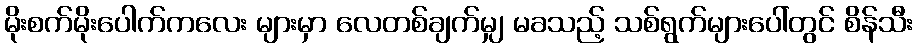
မိုးစက်မိုးပေါက်ကလေး များမှာ လေတစ်ချက်မျှ မခသည့် သစ်ရွက်များပေါ်တွင် စိန်သီး